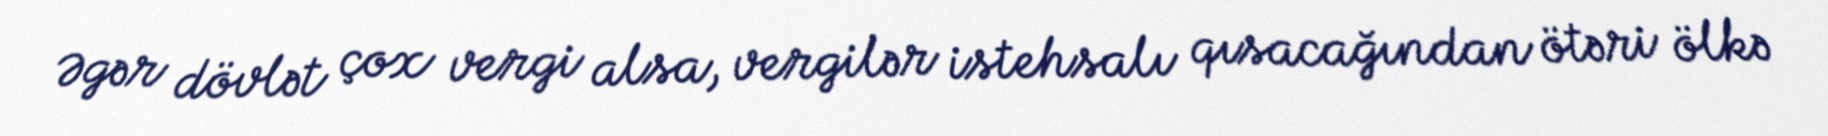
Əgər dövlət çox vergi alsa, vergilər istehsalı qısacağından ötəri ölkə